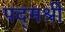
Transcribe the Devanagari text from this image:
पद्‌मश्री